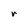
Character: r